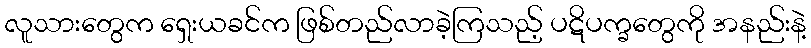
လူသားတွေက ရှေးယခင်က ဖြစ်တည်လာခဲ့ကြသည့် ပဋိပက္ခတွေကို အနည်းနဲ့